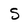
Character: S